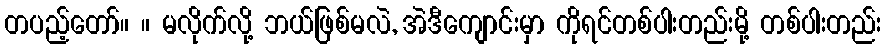
တပည့်တော်။ ။ မလိုက်လို့ ဘယ်ဖြစ်မလဲ, အဲဒီကျောင်းမှာ ကိုရင်တစ်ပါးတည်းမို့ တစ်ပါးတည်း